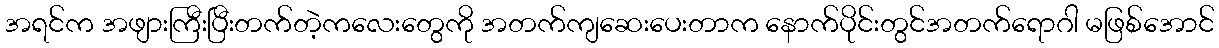
အရင်က အဖျားကြီးပြီးတက်တဲ့ကလေးတွေကို အတက်ကျဆေးပေးတာက နောက်ပိုင်းတွင်အတက်ရောဂါ မဖြစ်အောင်